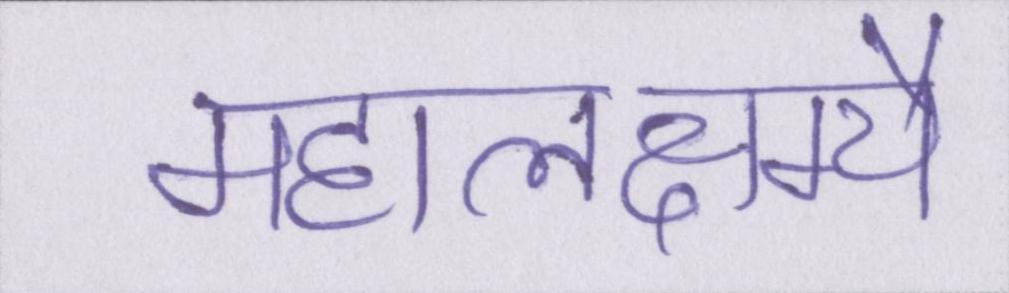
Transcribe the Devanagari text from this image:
महालक्ष्म्यै